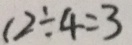
1 2 \div 4 = 3